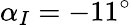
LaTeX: \alpha_{I}=-11^{\circ}